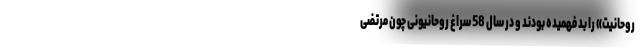
روحانیت» را بد فهمیده بودند و در سال 58 سراغ روحانیونی چون مرتضی